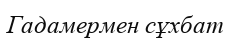
Гадамермен сұхбат